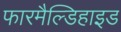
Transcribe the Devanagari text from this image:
फारमैल्डिहाइड